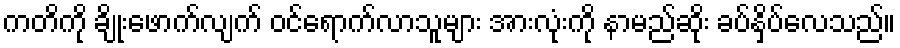
ကတိကို ချိုးဖောက်လျက် ဝင်ရောက်လာသူများ အားလုံးကို နာမည်ဆိုး ခပ်နှိပ်လေသည်။